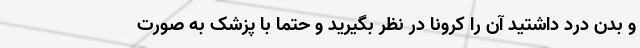
و بدن درد داشتید آن را کرونا در نظر بگیرید و حتما با پزشک به صورت